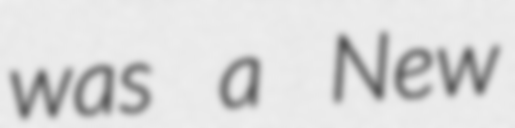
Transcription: was a New